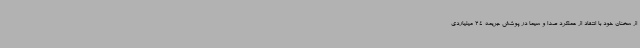
از سخنان خود با انتقاد از عملکرد صدا و سیما در پوشش جریمه 24 میلیاردی